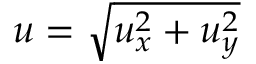
u = \sqrt { u _ { x } ^ { 2 } + u _ { y } ^ { 2 } }